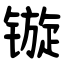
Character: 镟